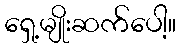
ရှေ့မျိုးဆက်ပေါ့။